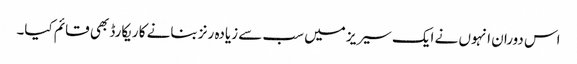
اس دوران انہوں نے ایک سیریز میں سب سے زیادہ رنز بنانے کا ریکارڈ بھی قائم کیا۔